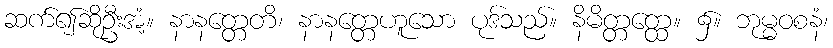
ဆက်၍ဆိုဦးအံ့။ နာနတ္တေတိ၊ နာနတ္တေဟူသော ပုဒ်သည်။ နိမိတ္တတ္ထေ။ ၌။ ဘုမ္မဝစနံ၊